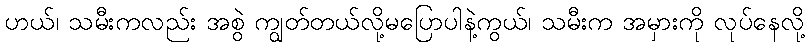
ဟယ်၊ သမီးကလည်း အစွဲ ကျွတ်တယ်လို့မပြောပါနဲ့ကွယ်၊ သမီးက အမှားကို လုပ်နေလို့